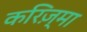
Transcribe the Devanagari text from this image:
करिज़्मा